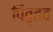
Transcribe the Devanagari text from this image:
पितृतव